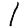
Digit: 1